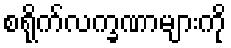
စရိုက်လက္ခဏာများကို